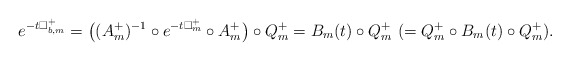
\begin{align*} e^{-t\Box^+_{b,m}}=\big((A^+_m)^{-1}\circ e^{-t\Box^+_m}\circ A^+_m\big)\circ Q_m^+=B_m(t)\circ Q^+_m\,\,(=Q^+_m\circ B_m(t)\circ Q^+_m).\end{align*}